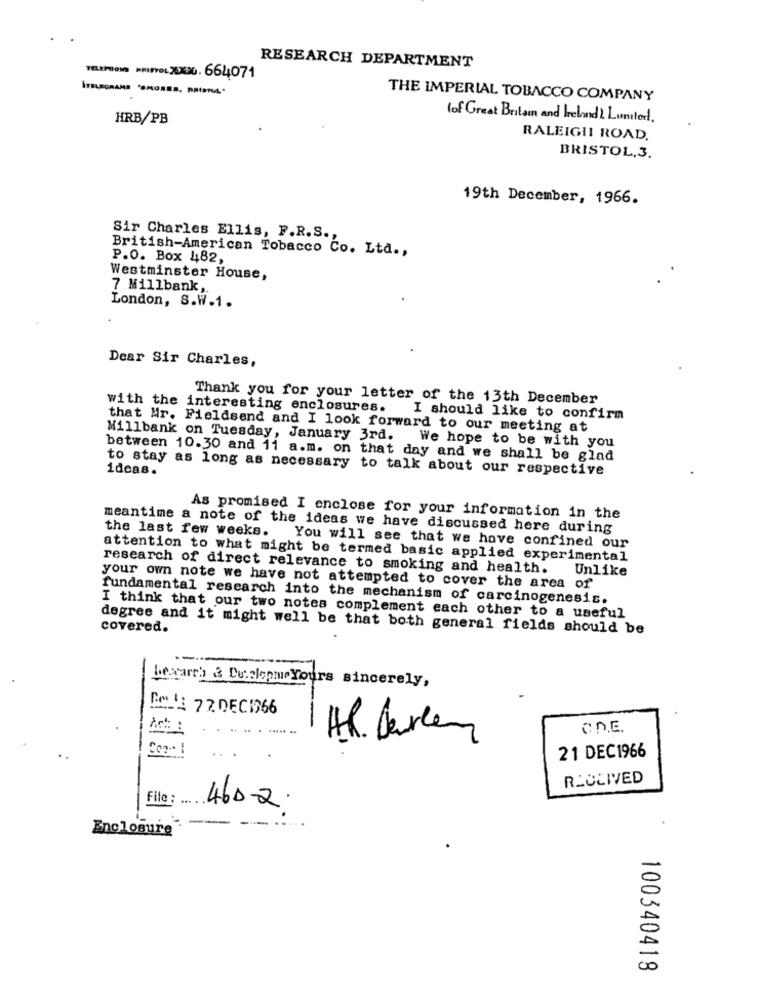
RESEARCH DEPARTMENT
THE IMPERIAL TOBACCO COMPANY
HRB/PB
lof Great Britain and Ireland) Lunited.
RALEIGHI ROAD,
BRISTOL,3.
19th December, 1966.
Sir Charles Ellis, F.R.S .,
British-American Tobacco Co. Ltd .,
P.O. Box 482,
.
Westminster House,
7 Millbank ,.
London, S.W.1 .
Dear Sir Charles,
Thank you for your letter of the 13th December
with the interesting enclosures.
I should like to confirm
that Mr. Fieldsend and I look forward to our meeting at
Millbank on Tuesday, January 3rd. We hope to be with you
between 10.30 and 11 a.m. on that day and we shall be glad
to stay as long as necessary to talk about our respective
ideas.
As promised I enclose for your information in the
meantime a note of the ideas we have discussed here during
the last few weeks.
You will see that we have confined our
attention to what might be termed basic applied experimental
research of direct relevance to smoking and health.
Unlike
your own note we have not attempted to cover the area of
fundamental research into the mechanism of carcinogenesis.
I think that our two notes complement each other to a useful
covered.
degree and it might well be that both general fields should be
-
Lemarch & Dealopar Yours sincerely,
IM : 72 DEC1366
21 DEC1966
RLOCIVED
File :
460-2
Enclosure
100340418